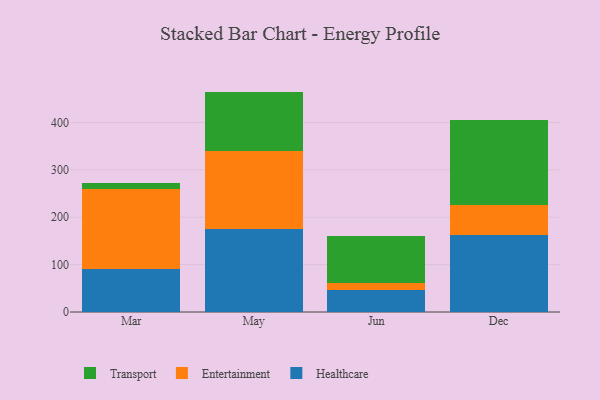
{"axis": {"x": "Month", "y": "Population (Million)"}, "legend": ["Entertainment", "Healthcare", "Transport"], "data": [{"x": "Mar", "y": 91.2, "type": "Healthcare"}, {"x": "Mar", "y": 168.5, "type": "Entertainment"}, {"x": "Mar", "y": 13.2, "type": "Transport"}, {"x": "May", "y": 175.3, "type": "Healthcare"}, {"x": "May", "y": 164.0, "type": "Entertainment"}, {"x": "May", "y": 126.0, "type": "Transport"}, {"x": "Jun", "y": 45.8, "type": "Healthcare"}, {"x": "Jun", "y": 16.0, "type": "Entertainment"}, {"x": "Jun", "y": 99.3, "type": "Transport"}, {"x": "Dec", "y": 161.6, "type": "Healthcare"}, {"x": "Dec", "y": 64.1, "type": "Entertainment"}, {"x": "Dec", "y": 178.8, "type": "Transport"}]}